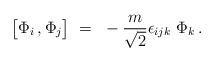
LaTeX: \begin{align*}\big[\Phi_i\,,\Phi_j\big] ~=~ -{m \over \sqrt{2}} \epsilon_{ijk}~ \Phi_k \,.\end{align*}